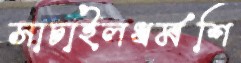
সাচাইলধর্মশি